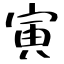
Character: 寅